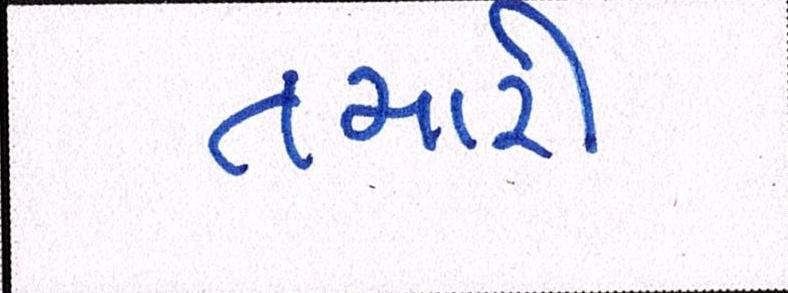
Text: તમારી